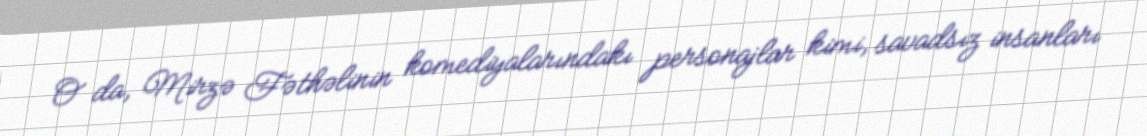
O da, Mirzə Fəthəlinin komediyalarındakı personajlar kimi, savadsız insanları